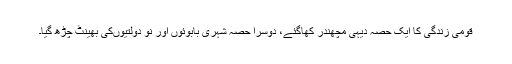
قومی زندگی کا ایک حصہ دیہی مچھندر کھاگئے، دوسرا حصہ شہری بابوئوں اور نو دولتیوںکی بھینٹ چڑھ گیا۔